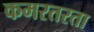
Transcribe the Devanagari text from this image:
कमरतरता